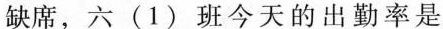
缺席，六(1)班今天的出勤率是